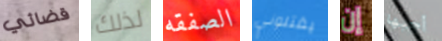
قضائي لذلك الصفقه يقتلوني إن أحبها